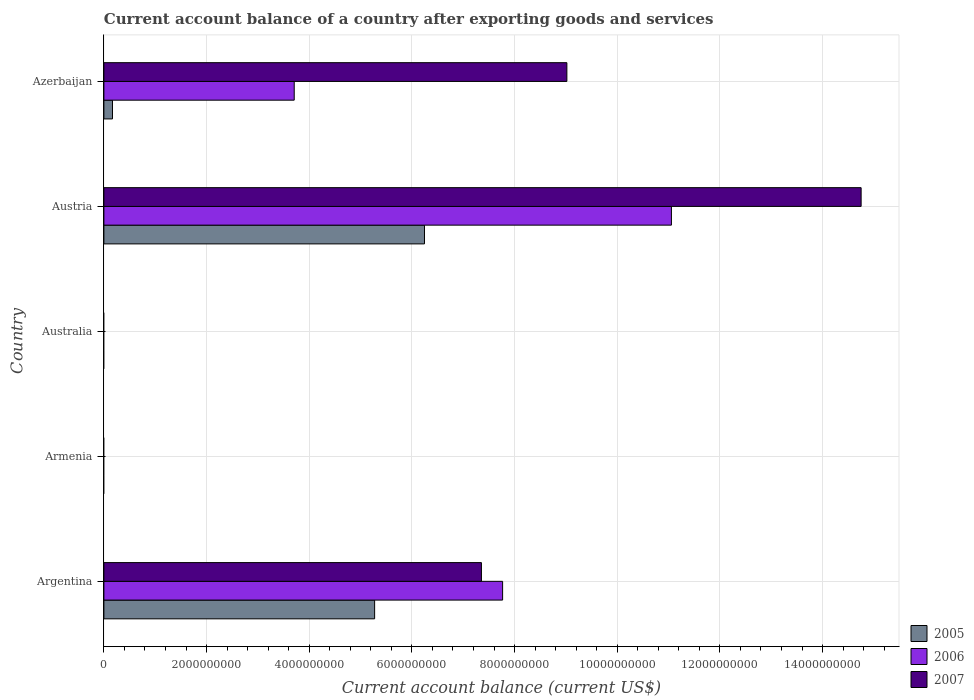
| Country | 2005 | 2006 | 2007 |
 | --- | --- | --- | --- |
 | Argentina | 5.27e+09 | 7.77e+09 | 7.35e+09 |
 | Armenia | -1.24e+08 | -1.53e+08 | -6.77e+08 |
 | Australia | -4.33e+10 | -4.53e+10 | -6.42e+10 |
 | Austria | 6.25e+09 | 1.11e+10 | 1.48e+10 |
 | Azerbaijan | 1.67e+08 | 3.71e+09 | 9.02e+09 |